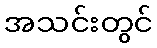
အသင်းတွင်